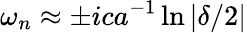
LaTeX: \omega_{n}\approx\pm ica^{-1}\ln\left|\delta/2\right|